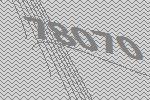
78070